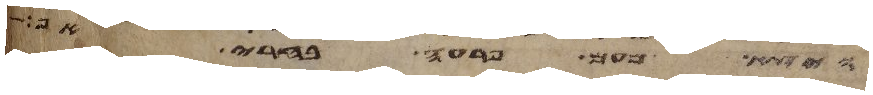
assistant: ויצא מעם פרעה בחרי אף